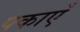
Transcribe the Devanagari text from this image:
पकाएँ